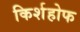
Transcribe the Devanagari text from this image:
किर्शहोफ